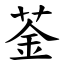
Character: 菳